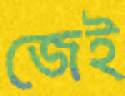
জেই